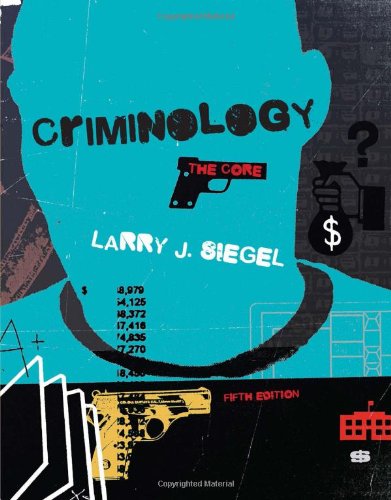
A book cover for Criminology: The Core; Larry J. Siegel; Education & Teaching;